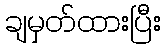
ချမှတ်ထားပြီး